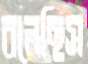
বলেছিস